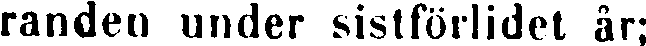
randen under sistförlidet år;